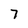
Character: 7